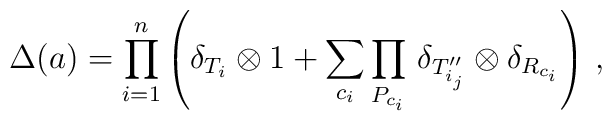
\Delta (a) = \prod_{i=1}^n \left( \delta_{T_i} \otimes 1 + \sum_{c_i} \prod_{P_{c_i}} \, \delta_{T''_{i_j}} \otimes \delta_{R_{c_i}} \right) \, ,